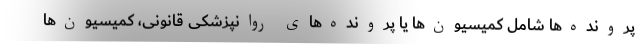
پرونده‌ها شامل کمیسیون‌ها یا پرونده‌های روانپزشکی قانونی، کمیسیون‌ها